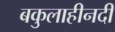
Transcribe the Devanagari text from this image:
बकुलाहीनदी